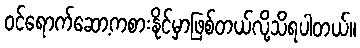
ဝင်ရောက်ဆော့ကစားနိုင်မှာဖြစ်တယ်လို့သိရပါတယ်။